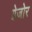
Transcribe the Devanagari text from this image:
ग्रेजोर